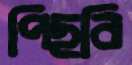
পিছবি